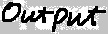
Text: Output